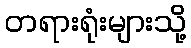
တရားရုံးများသို့